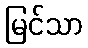
မြင်သာ